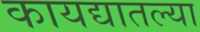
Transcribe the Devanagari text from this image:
कायद्यातल्या